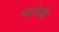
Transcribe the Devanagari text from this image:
गारोडी